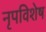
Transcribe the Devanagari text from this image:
नृपविशेष